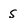
Character: s